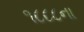
૧૮૮૮ના